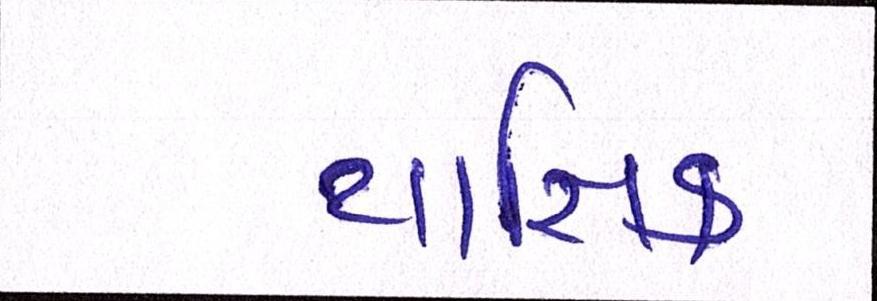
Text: યાજ્ઞિક